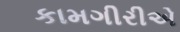
કામગીરીએ